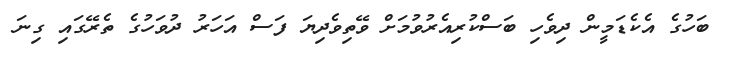
ބަހުގެ އެކެޑަމީން ދިވެހި ބަސްކުރިއެރުވުމަށް ވޭތިވެދިޔަ ފަސް އަހަރު ދުވަހުގެ ތެރޭގައި ގިނަ